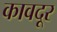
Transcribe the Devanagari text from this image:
कावदूर